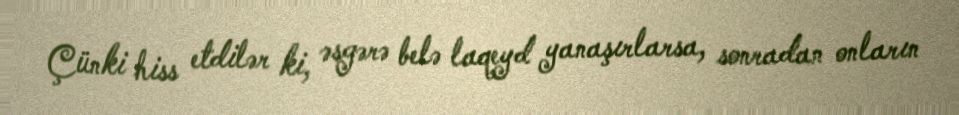
Çünki hiss etdilər ki, əsgərə belə laqeyd yanaşırlarsa, sonradan onların